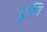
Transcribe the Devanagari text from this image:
प्रुथ्वि